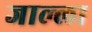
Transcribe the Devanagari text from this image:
जाल्ला